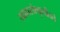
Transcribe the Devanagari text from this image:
खाद्यसंस्कॄतीतले